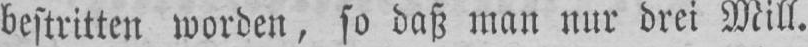
bestritten worden, so daß man nur drei Mill.